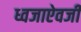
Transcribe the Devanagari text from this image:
ध्वजाऐवजी